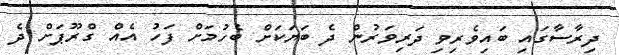
ދިރާސާގައި ބައިވެރިވި ދަރިވަރުން ދެ ބަޔަކަށް ބެހުމަށް ފަހު އެއް ގްރޫޕަށް ދެ